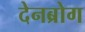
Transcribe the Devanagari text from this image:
देनब्रोग